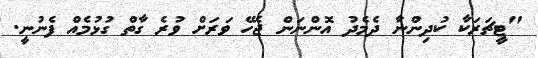
"ޓީޗަރަކާ ކުދިންނާ ދެމެދު އޮންނަން ޖެހޭ ވަރަށް ވުރެ ގާތް ގުޅުމެއް ފެނުނީ.